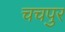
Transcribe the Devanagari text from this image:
चचपुर